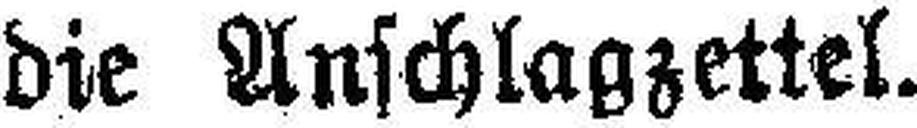
die Anschlagzettel.